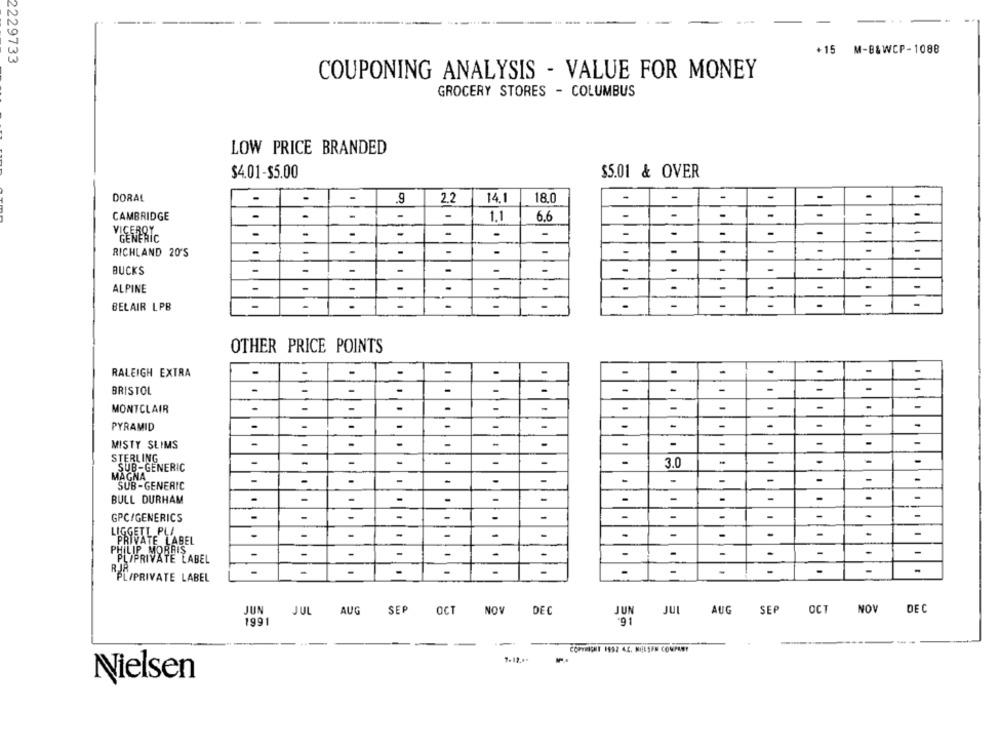
-15 M-B&WCP-1088
2229733
COUPONING ANALYSIS - VALUE FOR MONEY
GROCERY STORES - COLUMBUS
LOW PRICE BRANDED
$4.01-$5.00
$5.01 & OVER
.
DORAL
-
.9
2.2
14.1
18.0
-
-
-
-
-
CAMBRIDGE
-
-
-
1.1
6.6
-
-
-
-
-
-
-
-
-
-
-
GENERIC
-
.
.
.
-
RICHLAND 20'S
-
-
-
-
-
-
-
-
-
-
BUCKS
-
-
-
-
-
-
-
-
ALPINE
-
-
-
-
-
-
-
-
BELAIR LPB
-
-
-
-
-
-
-
OTHER PRICE POINTS
-
RALEIGH EXTRA
-
-
.
-
-
-
BRISTOL
-
-
-
.
-
1
-
-
MONTCLAIR
-
-
-
-
-
-
.11
PYRAMID
-
-
-
-
-
-
-
-
-
-
-
-
-
-
-
-
MISTY SLIMS
-
-
STERLING
-
-
1
-
-
-
3.0
-
-
-
-
-
SUB-GENERIC
MAGNA
-
-
-
-
-
-
-
-
SUB-GENERIC
-
-
-
-
-
BULL DURHAM
-
-
-
-
-
-
-
-
-
GPC/GENERICS
-
-
-
-
-
-
-
-
-
-
LIGGETL PLI
-
-
-
-
1
-
-
-
-
-
PRIVATE LABEL
MOBRIS
-
-
-
-
-
-
-
-
-
-
-
BYPRIVATE LABEL
-
-
-
11
-
"PL/PRIVATE LABEL
JUN
JUL AUG SEP OCT NOV DEC
JUN JUL
AUG SEP
OCT NOV DEC
1991
.91
--
-
7-12 .**
Nielsen